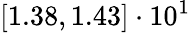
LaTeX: \left[1.38,1.43\right]\cdot 10^{1}